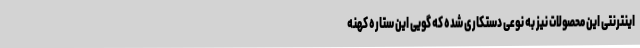
اینترنتی این محصولات نیز به نوعی دستکاری شده که گویی این ستاره کهنه